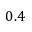
0 . 4